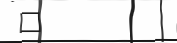
١